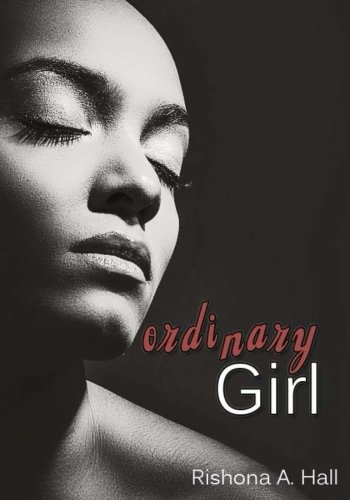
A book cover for Ordinary Girl; Rishona A Hall; Romance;